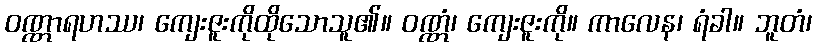
ဝဏ္ဏာရဟဿ၊ ကျေးဇူးကိုထိုသောသူ၏။ ဝဏ္ဏံ၊ ကျေးဇူးကို။ ကာလေန၊ ရံခါ။ ဘူတံ၊